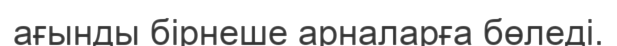
ағынды бірнеше арналарға бөледі.